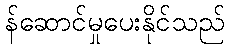
န်ဆောင်မှုပေးနိုင်သည်